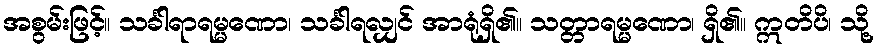
အစွမ်းဖြင့်။ သင်္ခါရာရမ္မဏော၊ သင်္ခါရလျှင် အာရုံရှိ၏။ သတ္တာရမ္မဏော၊ ရှိ၏။ ဣတိပိ၊ သို့